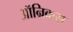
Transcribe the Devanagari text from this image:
ऑन्रिकस